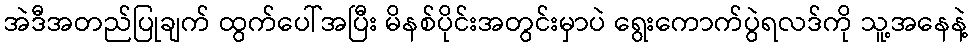
အဲဒီအတည်ပြုချက် ထွက်ပေါ်အပြီး မိနစ်ပိုင်းအတွင်းမှာပဲ ရွေးကောက်ပွဲရလဒ်ကို သူ့အနေနဲ့